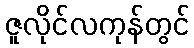
ဇူလိုင်လကုန်တွင်